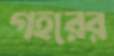
গহরের